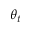
\theta _ { t }